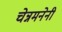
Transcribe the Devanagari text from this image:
चेन्नमनेनी